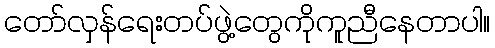
တော်လှန်ရေးတပ်ဖွဲ့တွေကိုကူညီနေတာပါ။